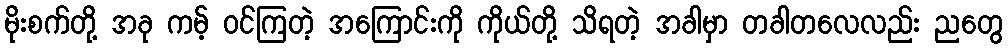
မိုးစက်တို့ အခု ကမ့် ဝင်ကြတဲ့ အကြောင်းကို ကိုယ်တို့ သိရတဲ့ အခါမှာ တခါတလေလည်း ညတွေ